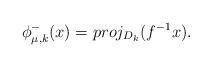
LaTeX: \begin{align*}\phi_{\mu,k}^{-}(x)=proj_{D_{k}}(f^{-1}x).\end{align*}